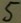
Text: 5